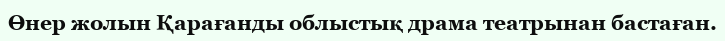
Өнер жолын Қарағанды облыстық драма театрынан бастаған.